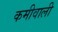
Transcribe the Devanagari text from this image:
कमीवाली